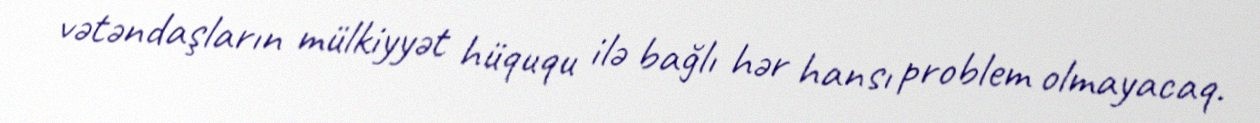
vətəndaşların mülkiyyət hüququ ilə bağlı hər hansı problem olmayacaq.